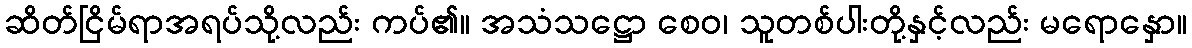
ဆိတ်ငြိမ်ရာအရပ်သို့လည်း ကပ်၏။ အသံသဋ္ဌော စေဝ၊ သူတစ်ပါးတို့နှင့်လည်း မရောနှော။